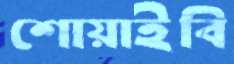
শোয়াইবি